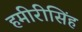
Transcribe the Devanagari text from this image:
हमीरीसिंह